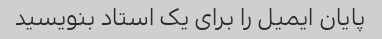
پایان ایمیل را برای یک استاد بنویسید